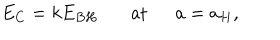
E _ { C } = k E _ { B H } \ \ \ \mathrm { a t } \ \ a = a _ { H } ,